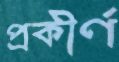
প্রকীর্ণ